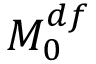
M _ { 0 } ^ { d f }